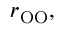
r _ { \mathrm { O O } } ,